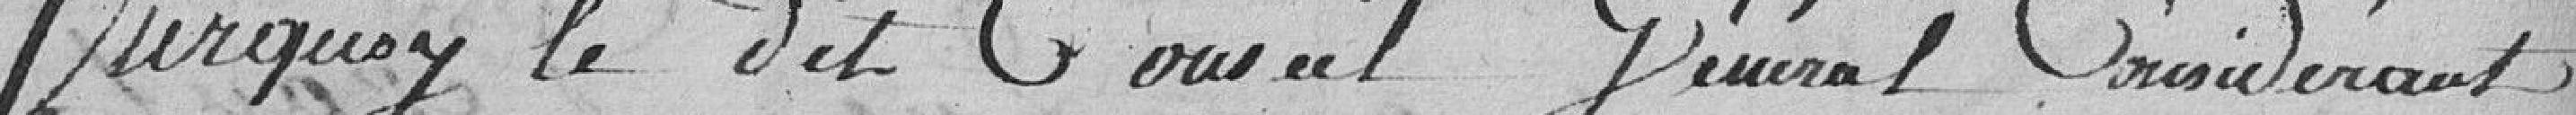
Sur Quoy le dit Conseil Général Considérant